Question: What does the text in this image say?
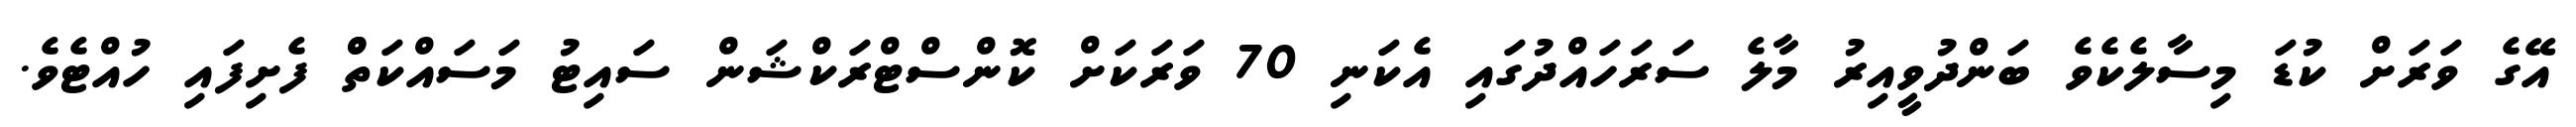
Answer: އޭގެ ވަރަށް ކުޑަ މިސާލެކެވެ ބަންދުވީއިރު މާލެ ސަރަހައްދުގައި އެކަނި 70 ވަރަކަށް ކޮންސްޓްރަކްޝަން ސައިޓު މަސައްކަތްް ފެށިފައި ހުއްޓެވެ.